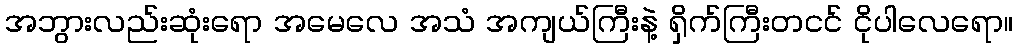
အဘွားလည်းဆုံးရော အမေလေ အသံ အကျယ်ကြီးနဲ့ ရှိက်ကြီးတငင် ငိုပါလေရော။